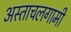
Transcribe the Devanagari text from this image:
अस्ताचलगामी